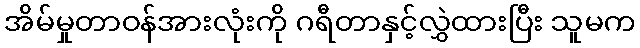
အိမ်မှုတာဝန်အားလုံးကို ဂရီတာနှင့်လွှဲထားပြီး သူမက